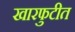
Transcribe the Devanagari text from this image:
खारफुटीत